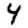
Digit: 4